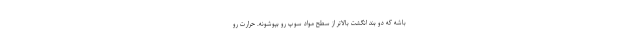
باشه که دو بند انگشت بالا‌تر از سطح مواد سوپ رو بپوشونه. حرارت رو